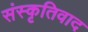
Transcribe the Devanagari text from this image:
संस्कृतिवाद